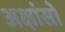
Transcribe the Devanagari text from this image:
अक्षांसो